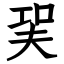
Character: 㠬